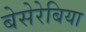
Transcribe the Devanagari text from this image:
बेसेरेबिया